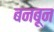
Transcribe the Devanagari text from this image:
बनबून